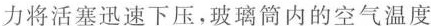
力将活塞迅速下压，玻璃筒内的空气温度